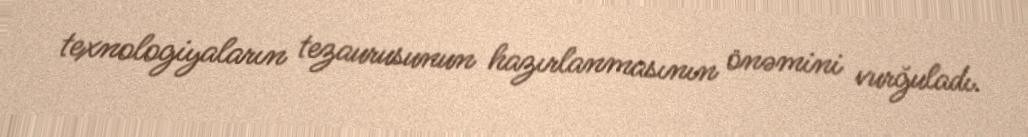
texnologiyaların tezaurusunun hazırlanmasının önəmini vurğuladı.